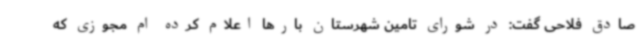
صادق فلاحی گفت: در شورای تامین شهرستان بارها اعلام کرده ام مجوزی که